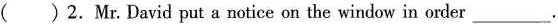
( )2.Mr.David put a notice on the window in order___.